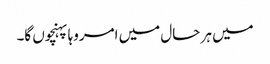
میں ہر حال میں امروہا پہنچوں گا۔